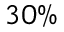
3 0 \%